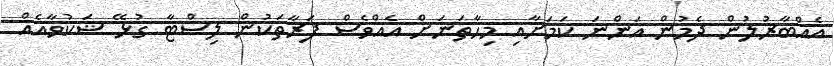
އެއްބާރުލުން ދެމުން އަންނަ ކަމަށާއި މިހާތަނަށް އެއްވެސް ފަރާތަކުން ލިސްޓާ ގުޅޭ ޝަކުވާއެއް